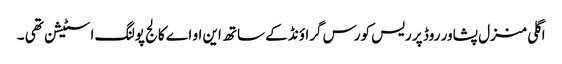
اگلی منزل پشاور روڈ پر ریس کورس گراؤنڈ کے ساتھ این او اے کالج پولنگ اسٹیشن تھی ۔